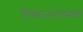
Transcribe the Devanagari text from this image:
त्रिव्यंजनात्मक